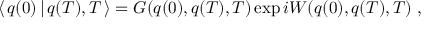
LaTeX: \langle \, q ( 0 ) \, | \, q ( T ) , T \, \rangle = G ( q ( 0 ) , q ( T ) , T ) \exp i W ( q ( 0 ) , q ( T ) , T ) \; ,